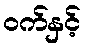
ဝက်နှင့်